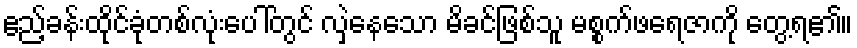
ဧည့်ခန်းထိုင်ခုံတစ်လုံးပေါ်တွင် လှဲနေသော မိခင်ဖြစ်သူ မစ္စက်ဖရေဇာကို တွေ့ရ၏။